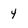
Character: 4